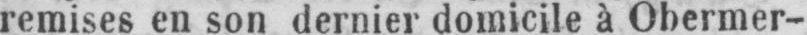
remises en sun dernier domicile à Obermer-